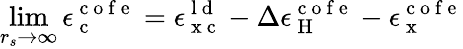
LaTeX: \operatorname*{lim}_{r_{s}\to\infty}\epsilon_{\mathrm{~c~}}^{\mathrm{~c~o~f~e~}}=\epsilon_{\mathrm{~x~c~}}^{\mathrm{~l~d~}}-\Delta\epsilon_{\mathrm{~H~}}^{\mathrm{~c~o~f~e~}}-\epsilon_{\mathrm{~x~}}^{\mathrm{~c~o~f~e~}}